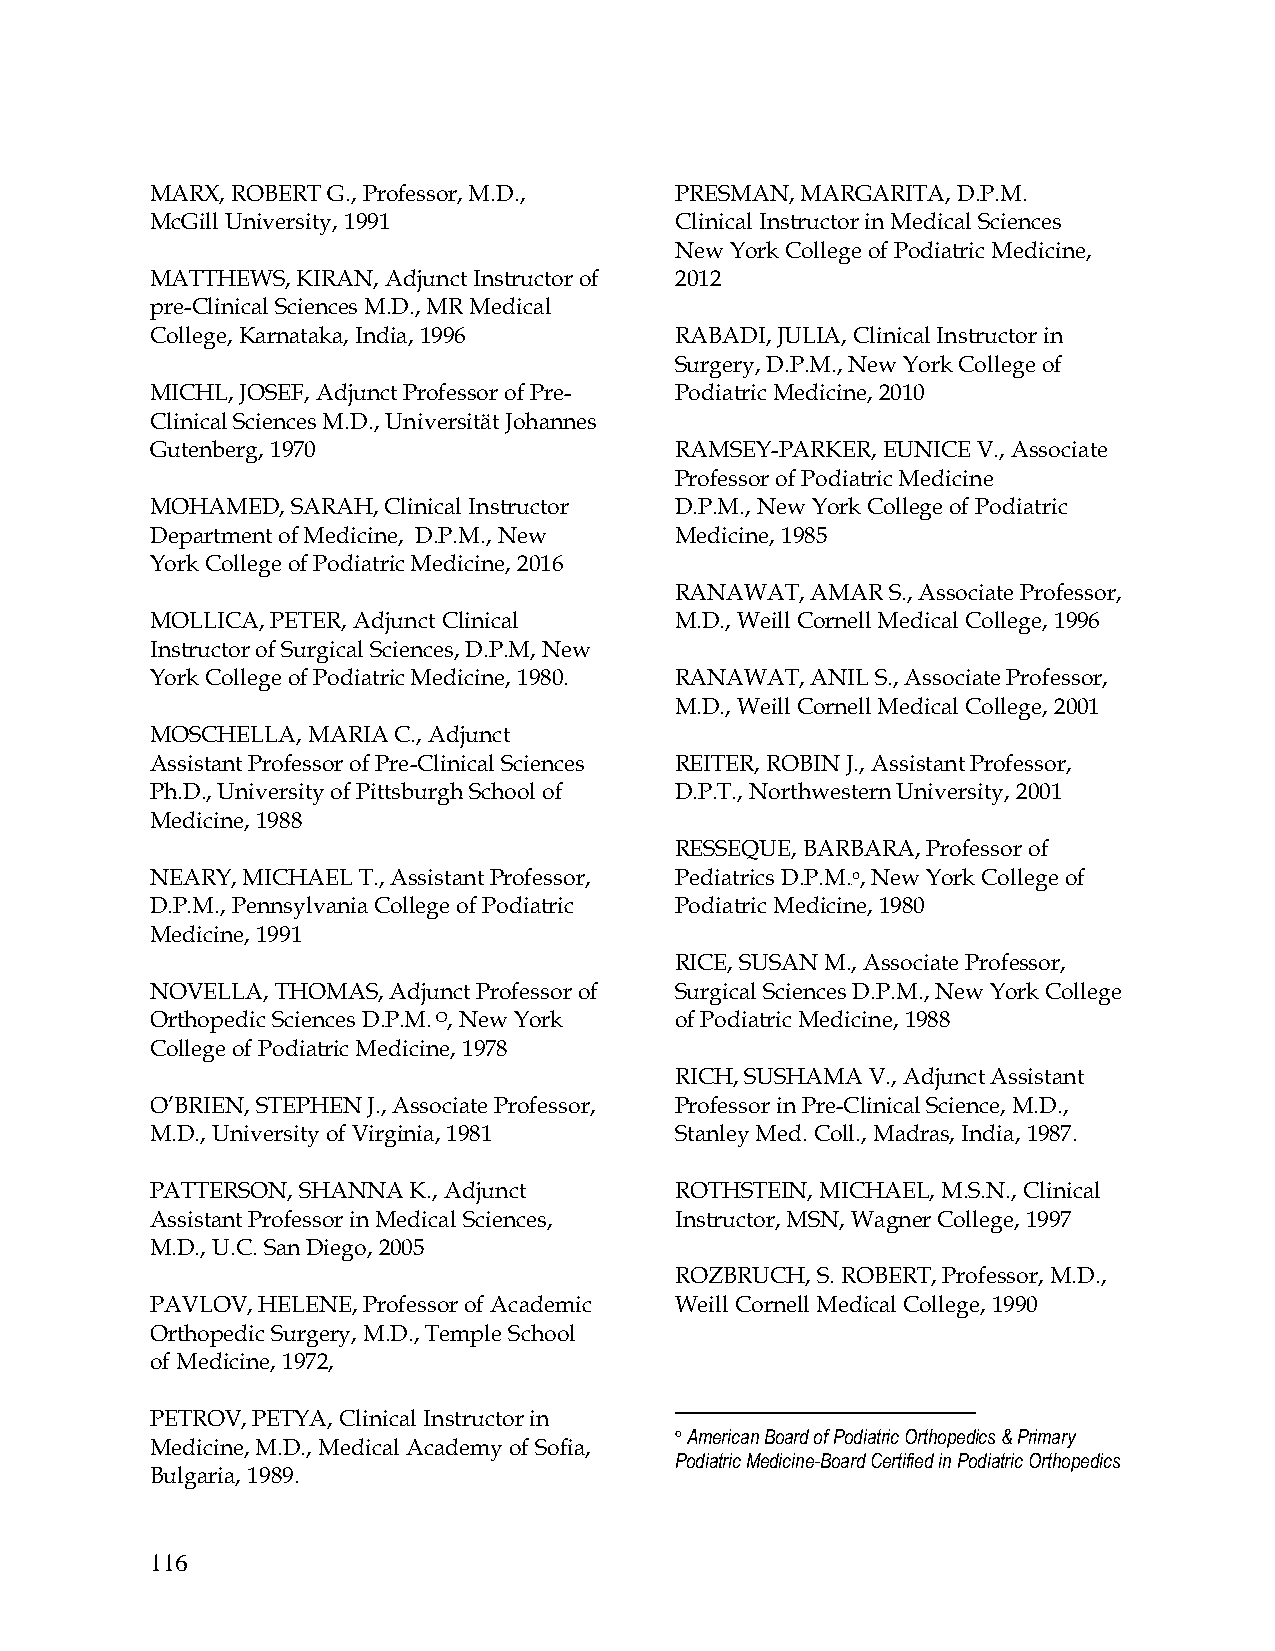
MARX, ROBERT G., Professor, M.D.,  PRESMAN, MARGARITA, D.P.M.
 McGill University, 1991            Clinical Instructor in Medical Sciences
 New York College of Podiatric Medicine,
 MATTHEWS, KIRAN, Adjunct Instructor of 2012
 pre-Clinical Sciences M.D., MR Medical
 College, Karnataka, India, 1996    RABADI, JULIA, Clinical Instructor in
 Surgery, D.P.M., New York College of
 MICHL, JOSEF, Adjunct Professor of Pre- Podiatric Medicine, 2010
 Clinical Sciences M.D., Universität Johannes
 Gutenberg, 1970                    RAMSEY-PARKER, EUNICE V., Associate
 Professor of Podiatric Medicine
 MOHAMED, SARAH, Clinical Instructor D.P.M., New York College of Podiatric
 Department of Medicine, D.P.M., New Medicine, 1985
 York College of Podiatric Medicine, 2016
 RANAWAT, AMAR S., Associate Professor,
 MOLLICA, PETER, Adjunct Clinical   M.D., Weill Cornell Medical College, 1996
 Instructor of Surgical Sciences, D.P.M, New
 York College of Podiatric Medicine, 1980. RANAWAT, ANIL S., Associate Professor,
 M.D., Weill Cornell Medical College, 2001
 MOSCHELLA, MARIA C., Adjunct
 Assistant Professor of Pre-Clinical Sciences REITER, ROBIN J., Assistant Professor,
 Ph.D., University of Pittsburgh School of D.P.T., Northwestern University, 2001
 Medicine, 1988
 RESSEQUE, BARBARA, Professor of
 NEARY, MICHAEL T., Assistant Professor, Pediatrics D.P.M.o, New York College of
 6F
 D.P.M., Pennsylvania College of Podiatric Podiatric Medicine, 1980
 Medicine, 1991
 RICE, SUSAN M., Associate Professor,
 NOVELLA, THOMAS, Adjunct Professor of Surgical Sciences D.P.M., New York College
 Orthopedic Sciences D.P.M. O, New York of Podiatric Medicine, 1988
 College of Podiatric Medicine, 1978
 RICH, SUSHAMA V., Adjunct Assistant
 O’BRIEN, STEPHEN J., Associate Professor, Professor in Pre-Clinical Science, M.D.,
 M.D., University of Virginia, 1981 Stanley Med. Coll., Madras, India, 1987.
 PATTERSON, SHANNA K., Adjunct      ROTHSTEIN, MICHAEL, M.S.N., Clinical
 Assistant Professor in Medical Sciences, Instructor, MSN, Wagner College, 1997
 M.D., U.C. San Diego, 2005
 ROZBRUCH, S. ROBERT, Professor, M.D.,
 PAVLOV, HELENE, Professor of Academic Weill Cornell Medical College, 1990
 Orthopedic Surgery, M.D., Temple School
 of Medicine, 1972,
 PETROV, PETYA, Clinical Instructor in
 o American Board of Podiatric Orthopedics & Primary
 Medicine, M.D., Medical Academy of Sofia,
 Podiatric Medicine-Board Certified in Podiatric Orthopedics
 Bulgaria, 1989.
 116